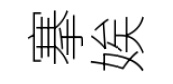
搴娭